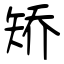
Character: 矫